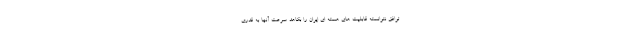
توافق نتوانسته قابلیت های هسته ای ایران را بکاهد. سرعت آنها به قدری